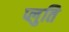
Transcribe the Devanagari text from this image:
प्लुति